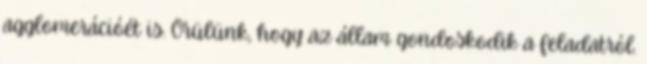
agglomerációét is. Örülünk, hogy az állam gondoskodik a feladatról.